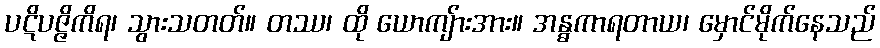
ပဋိပဇ္ဇိကိရ၊ သွားသတတ်။ တဿ၊ ထို ယောကျ်ားအား။ အန္ဓကာရတာယ၊ မှောင်မိုက်နေသည်